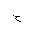
Letter: _ha